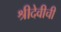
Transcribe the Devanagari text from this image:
श्रीदेवीची